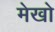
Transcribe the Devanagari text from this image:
मेखो